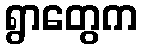
ရွာတွေက